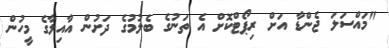
"މައްސަލަ ޖެންޑާ އަށް ރިޕޯޓްކޮށް އެ ތަނުގެ ބެލުމުގެ ދަށުން އާއިލާގެ މީހުން